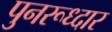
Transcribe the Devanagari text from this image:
पुनरूध्दार